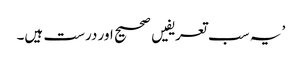
’ یہ سب تعریفیں صحیح اور درست ہیں۔